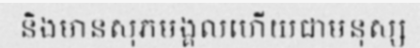
និងមានសុភមង្គលហើយជាមនុស្ស